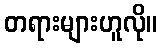
တရားများဟူလို။